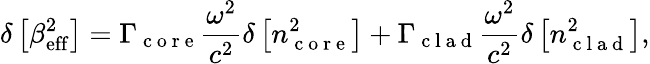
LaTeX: \delta\left[\beta_{\mathrm{eff}}^{2}\right]=\Gamma_{\mathrm{~c~o~r~e~}}\frac{\omega^{2}}{c^{2}}\delta\left[n_{\mathrm{~c~o~r~e~}}^{2}\right]+\Gamma_{\mathrm{~c~l~a~d~}}\frac{\omega^{2}}{c^{2}}\delta\left[n_{\mathrm{~c~l~a~d~}}^{2}\right],